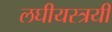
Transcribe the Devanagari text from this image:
लघीयस्त्रयी